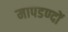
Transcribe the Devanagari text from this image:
मापडण्दों